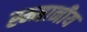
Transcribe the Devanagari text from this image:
स्म्मानीय